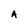
Character: A